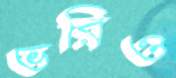
ভরিও